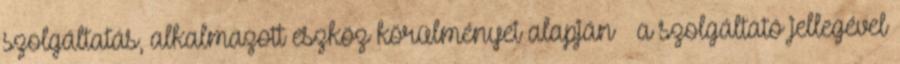
szolgáltatás, alkalmazott eszköz körülményei alapján – a szolgáltató jellegével